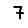
Digit: 7